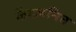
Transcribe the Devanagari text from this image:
केंद्रजनित